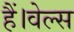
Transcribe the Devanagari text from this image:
हैं।वेल्स